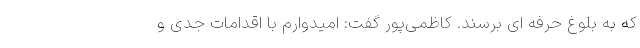
که به بلوغ حرفه ای برسند. کاظمی‌پور گفت: امیدوارم با اقدامات جدی و